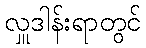
လှူဒါန်းရာတွင်